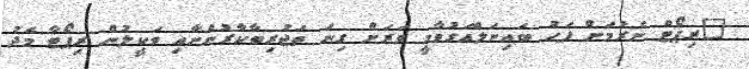
"ރިޕޯޓް ނެރުމަށް ފަހު ބައިނަލްއަގުވާމީ ވަރަށް ގިނަ ތަޖުރިބާކާރުންނާއި ވަކީލުން ރިޕޯޓާ މެދު